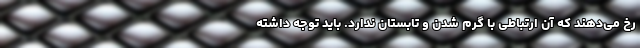
رخ می‌دهند که آن ارتباطی با گرم شدن و تابستان ندارد. باید توجه داشته